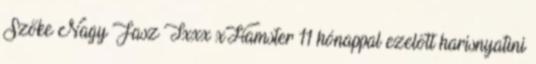
Szőke Nagy Fasz Txxx xHamster 11 hónappal ezelőtt harisnyatini